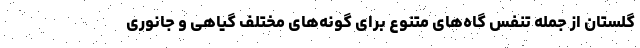
گلستان از جمله تنفس گاه‌های متنوع برای گونه‌های مختلف گیاهی و جانوری